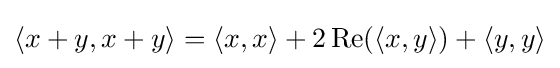
\langle x+y,x+y\rangle =\langle x,x\rangle +2\operatorname {Re} (\langle x,y\rangle )+\langle y,y\rangle